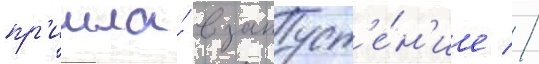
пр'ишла́ в запуст'е́н'ие //